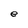
Character: e